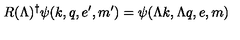
R ( \Lambda ) ^ { \dagger } \psi ( k , q , e ^ { \prime } , m ^ { \prime } ) = \psi ( \Lambda k , \Lambda q , e , m )